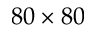
8 0 \times 8 0